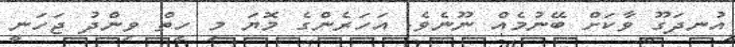
އުނދަގޫ ވާކަށް ބޭނުމެއް ނޫނެވެ. އަހަރެންގެ މޮޔަ މި ހިތް ވިންދު ޖަހަނީ